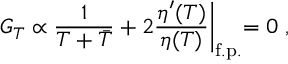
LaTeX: G _ { T } \propto { \frac { 1 } { T + \bar { T } } } + 2 { \frac { \eta ^ { \prime } ( T ) } { \eta ( T ) } } \biggl \vert _ { \mathrm { f . p . } } = 0 \; ,